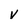
Character: V